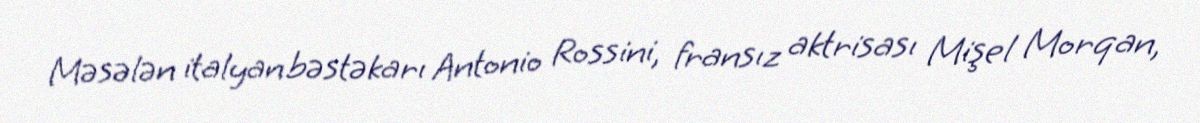
Məsələn italyan bəstəkarı Antonio Rossini, fransız aktrisası Mişel Morqan,